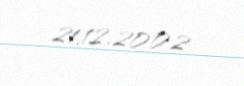
21.12.2002